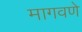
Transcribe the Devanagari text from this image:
मागवणे